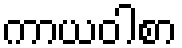
ကာယဝါစာ